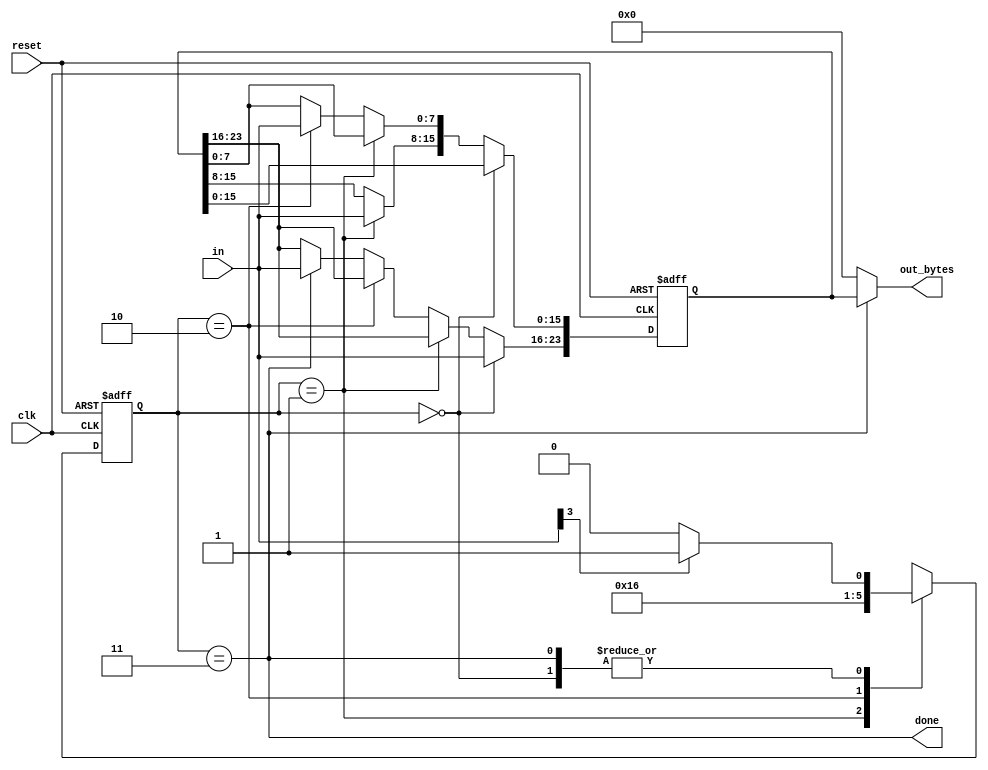
module top_module(
    input clk,
    input [7:0] in,
    input reset,    // Synchronous reset
    output [23:0] out_bytes,
    output done); //
    
    reg [1:0] state, next_state;
    parameter byte1=0, byte2=1, byte3=2, DONE=3;

    // FSM from fsm_ps2
    always@(*)
        begin
            case(state)
                byte1: next_state = in[3] ? byte2 : byte1;
                byte2: next_state = byte3;
                byte3: next_state = DONE;
                DONE:  next_state = in[3] ? byte2 : byte1;
            endcase
        end

    // State flip-flops (sequential)
    always@(posedge clk, posedge reset)
        begin
            if(reset) state <= byte1;
            else state <= next_state;
        end
 
    // Output logic
    assign done = (state == DONE);

    reg [23:0] data = 24'b0;
    
    // New: Datapath to store incoming bytes.
    always@(posedge clk, posedge reset)
        begin
            if(reset) data <= 24'b0;
            else if(state == byte1) data[23:16] = in;
            else if(state == byte2) data[15:8] = in;
            else if(state == byte3) data[7:0] = in;
            else if(state == DONE) data[23:16] = in;
        end
    
    assign out_bytes = (state == DONE) ? data : 24'b0;

endmodule